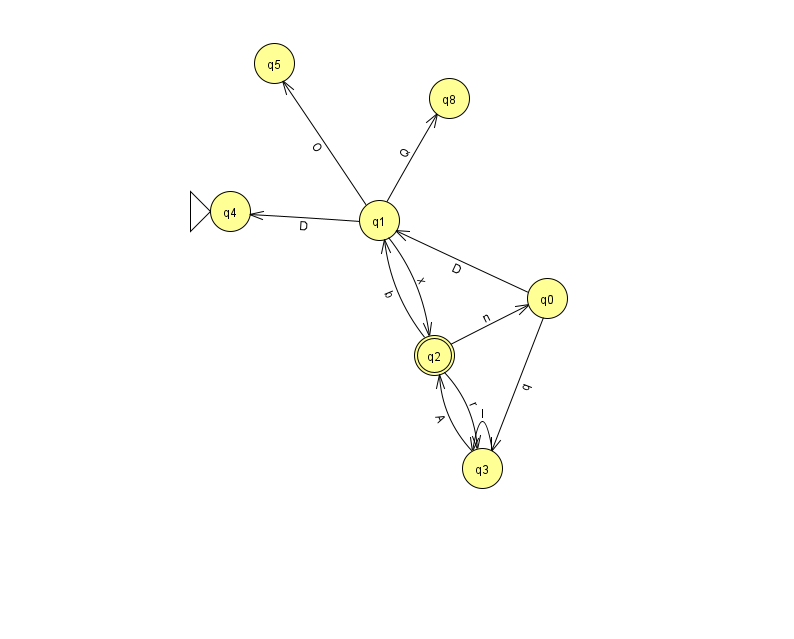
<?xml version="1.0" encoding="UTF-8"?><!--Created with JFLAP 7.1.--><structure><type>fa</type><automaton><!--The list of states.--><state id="0" name="q0"><x>547.0</x><y>285.0</y></state><state id="1" name="q1"><x>379.0</x><y>207.0</y></state><state id="2" name="q2"><x>434.0</x><y>342.0</y><final/></state><state id="3" name="q3"><x>482.0</x><y>455.0</y></state><state id="4" name="q4"><x>230.0</x><y>198.0</y><initial/></state><state id="5" name="q5"><x>274.0</x><y>50.0</y></state><state id="8" name="q8"><x>449.0</x><y>85.0</y></state><!--The list of transitions.--><transition><from>1</from><to>2</to><read>x</read></transition><transition><from>3</from><to>2</to><read>A</read></transition><transition><from>3</from><to>3</to><read>I</read></transition><transition><from>1</from><to>4</to><read>D</read></transition><transition><from>2</from><to>0</to><read>n</read></transition><transition><from>2</from><to>3</to><read>r</read></transition><transition><from>2</from><to>1</to><read>b</read></transition><transition><from>0</from><to>3</to><read>q</read></transition><transition><from>0</from><to>1</to><read>D</read></transition><transition><from>1</from><to>8</to><read>Q</read></transition><transition><from>1</from><to>5</to><read>O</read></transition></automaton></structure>